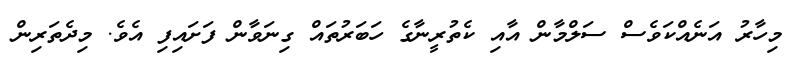
މިހާރު އަނެއްކަވެސް ސަލްމާން އާއި ކެތުރީނާގެ ހަބަރުތައް ގިނަވާން ފަށައިފި އެވެ. މިދެތަރިން